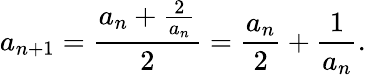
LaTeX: a_{n+1}={\frac{a_{n}+{\frac{2}{a_{n}}}}{2}}={\frac{a_{n}}{2}}+{\frac{1}{a_{n}}}.